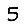
Digit: 5